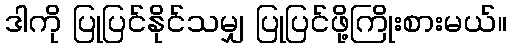
ဒါကို ပြုပြင်နိုင်သမျှ ပြုပြင်ဖို့ကြိုးစားမယ်။